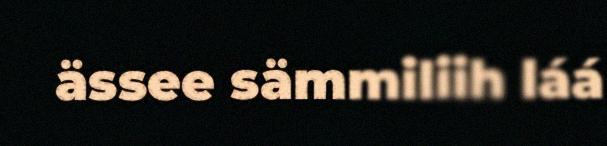
ässee sämmiliih láá